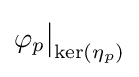
\varphi _{p}{\big \vert }_{\ker \left(\eta _{p}\right)}